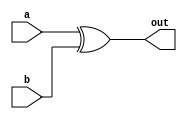
`timescale 1ns / 1ps

module xor1x1(
  input signed a,
  input signed b,
  output signed out
  );

  xor g1(out,a,b);  

endmodule